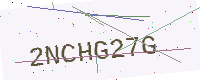
Text: 2NCHG27G